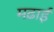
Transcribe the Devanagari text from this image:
मढ़ाई